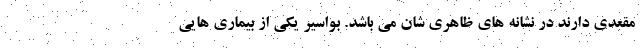
مقعدی دارند در نشانه های ظاهری شان می باشد. بواسیر یکی از بیماری هایی